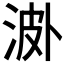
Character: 𣵝